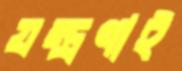
যন্ত্রণাই